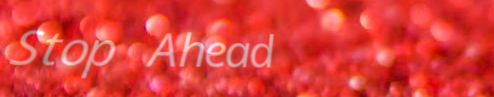
Stop Ahead